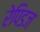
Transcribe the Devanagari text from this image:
रेपिडज